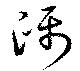
躡